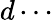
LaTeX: d\cdots